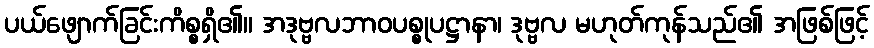
ပယ်ဖျောက်ခြင်းကိစ္စရှိ၏။ အဒုဗ္ဗလဘာဝပစ္စုပဋ္ဌာနာ၊ ဒုဗ္ဗလ မဟုတ်ကုန်သည်၏ အဖြစ်ဖြင့်